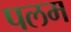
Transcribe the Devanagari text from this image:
पलम